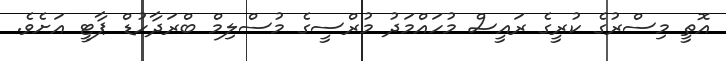
އޮތީ މިސްރުގެ ކުރީގެ ރައީސް މުހައްމަދު މުރްސީގެ މުސްލިމް ބްރަދާހުޑް ޕާޓީ އަށެވެ.